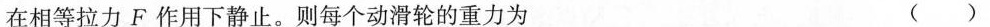
在相等拉力F作用下静止。则每个动滑轮的重力为 ()